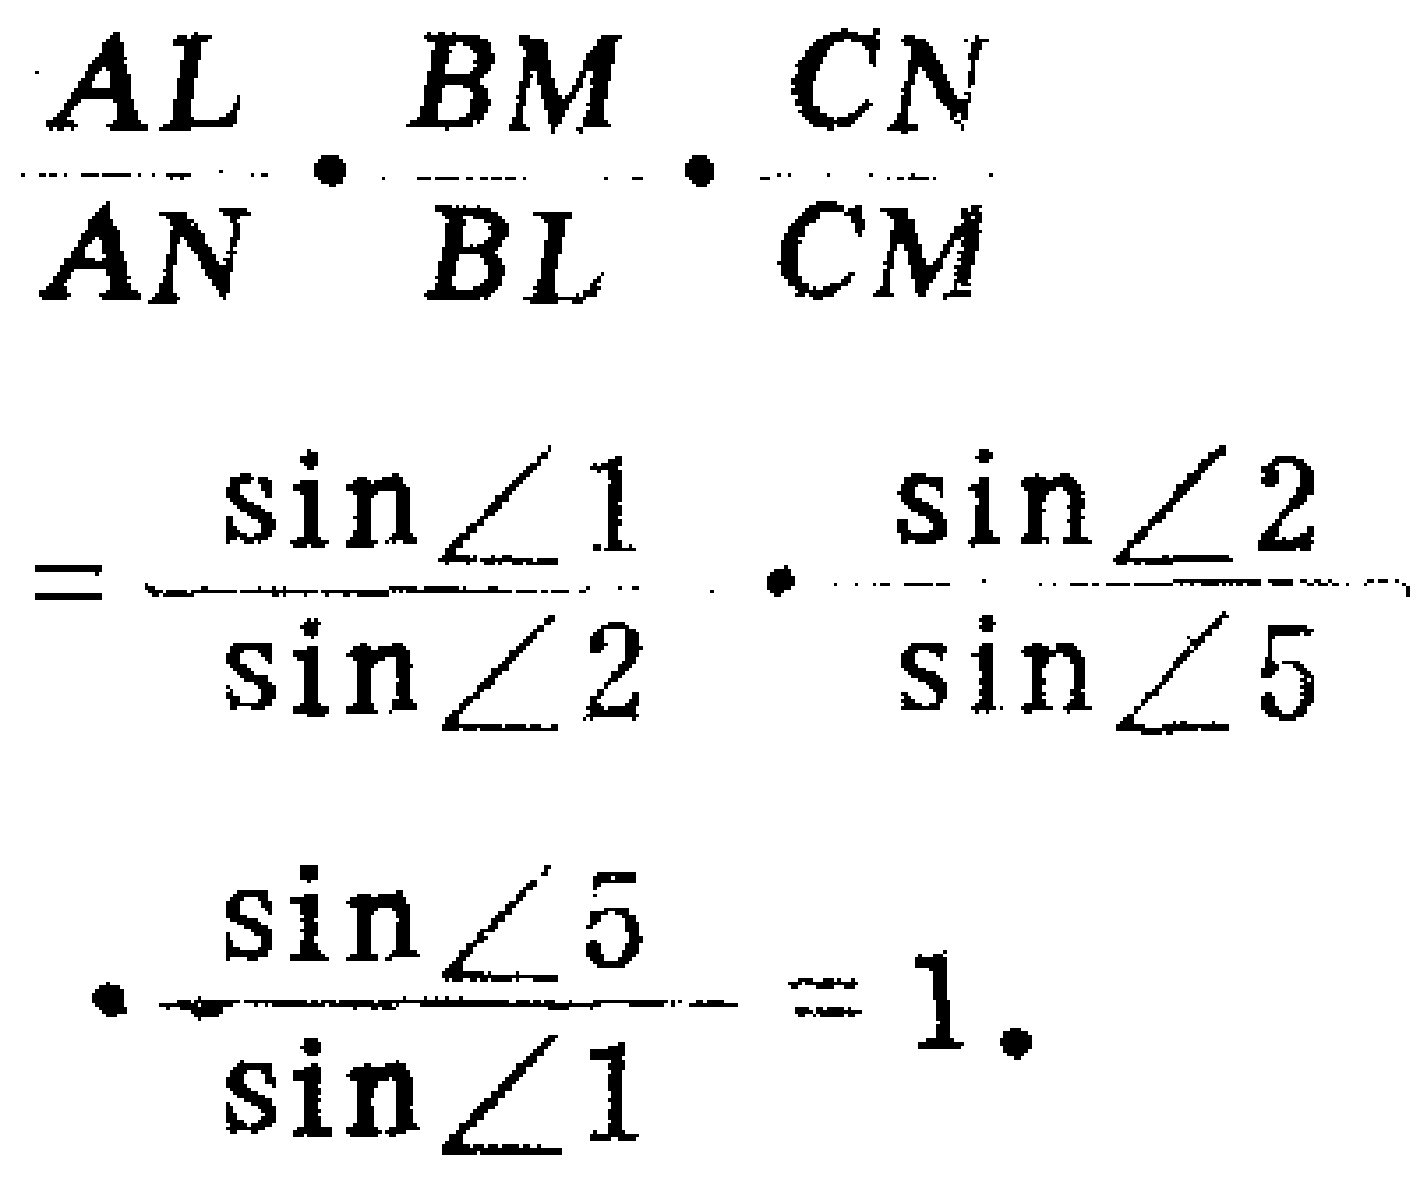
\[

\begin{align*}

&\frac{AL}{AN}\cdot\frac{BM}{BL}\cdot\frac{CN}{CM}\\

=&\frac{\sin\angle1}{\sin\angle2}\cdot\frac{\sin\angle2}{\sin\angle5}\\

&\cdot\frac{\sin\angle5}{\sin\angle1}=1.

\end{align*}

\]